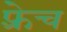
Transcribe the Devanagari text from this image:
फ़्रेच